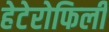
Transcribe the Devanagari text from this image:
हेटेरोफिली